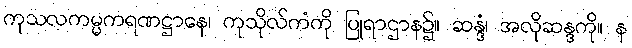
ကုသလကမ္မကရဏဋ္ဌာနေ၊ ကုသိုလ်ကံကို ပြုရာဌာန၌။ ဆန္ဒံ၊ အလိုဆန္ဒကို။ န